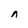
Character: n